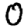
Digit: 0